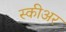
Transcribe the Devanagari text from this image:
स्कीअर